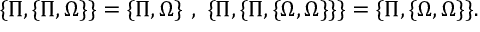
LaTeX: \{ \Pi , \{ \Pi , \Omega \} \} = \{ \Pi , \Omega \} ~ , ~ \{ \Pi , \{ \Pi , \{ \Omega , \Omega \} \} \} = \{ \Pi , \{ \Omega , \Omega \} \} .